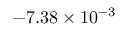
- 7 . 3 8 \times 1 0 ^ { - 3 }